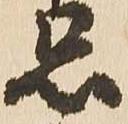
忌